Source: Handwritten
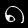
Digit: ၈ (8)